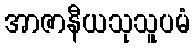
အာဇာနီယသုသူပမံ